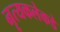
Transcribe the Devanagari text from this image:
नृत्यकलेकडे